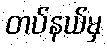
တပ်နယ်မှ